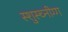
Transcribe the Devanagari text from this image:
स्शुस्च्नीग्ग